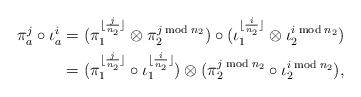
LaTeX: \begin{align*}\pi_a^j\circ \iota_a^i &= (\pi_1^{\lfloor \frac{j}{n_2}\rfloor} \otimes \pi_2^{j\;\mathrm{mod}\;n_2})\circ (\iota_1^{\lfloor \frac{i}{n_2}\rfloor} \otimes \iota_2^{i\;\mathrm{mod}\;n_2}) \\&=(\pi_1^{\lfloor \frac{j}{n_2}\rfloor} \circ \iota_1^{\lfloor \frac{i}{n_2}\rfloor})\otimes (\pi_2^{j\;\mathrm{mod}\;n_2}\circ \iota_2^{i\;\mathrm{mod}\;n_2}),\end{align*}